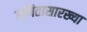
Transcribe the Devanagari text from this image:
गणितासारख्या